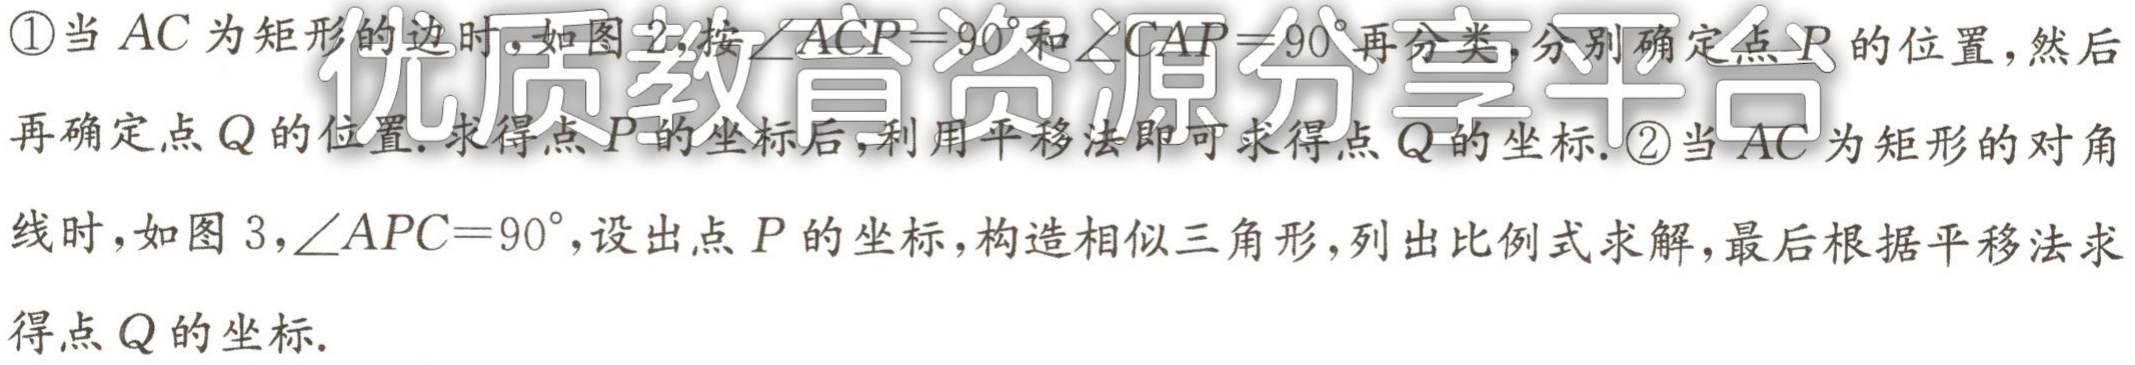
\textcircled{1}当 \(AC\) 为矩形的边时，如图 2，按\(\angle ACP = 90^{\circ}\)和\(\angle CAP = 90^{\circ}\)再分类，分别确定点 \(P\) 的位置，然后再确定点 \(Q\) 的位置. 求得点 \(P\) 的坐标后，利用平移法即可求得点 \(Q\) 的坐标. \textcircled{2}当 \(AC\) 为矩形的对角线时，如图 3，\(\angle APC = 90^{\circ}\)，设出点 \(P\) 的坐标，构造相似三角形，列出比例式求解，最后根据平移法求得点 \(Q\) 的坐标.